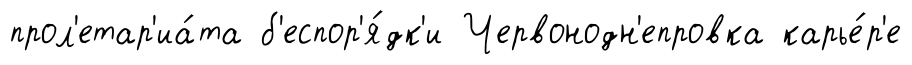
прол'етар'иа́та б'еспор'я́дк'и Червонодн'епровка карье́р'е